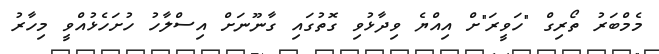
މެމްބަރު ތޯރިގް "ހަވީރަ"ށް އިއްޔެ ވިދާޅުވި ގޮތުގައި ގާނޫނަށް އިސްލާހު ހުށަހެޅުއްވީ މިހާރު